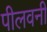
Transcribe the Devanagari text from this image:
पीलवनी